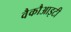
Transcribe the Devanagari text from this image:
वैकौआइटी